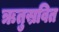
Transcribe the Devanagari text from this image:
ऋतुस्रवित